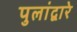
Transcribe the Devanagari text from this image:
पुलांद्वारे